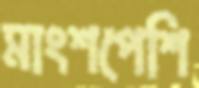
মাংশপেশি